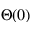
\Theta ( 0 )